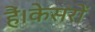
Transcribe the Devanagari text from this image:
हैं।केसरों